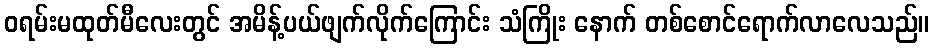
ဝရမ်းမထုတ်မီလေးတွင် အမိန့်ပယ်ဖျက်လိုက်ကြောင်း သံကြိုး နောက် တစ်စောင်ရောက်လာလေသည်။